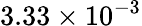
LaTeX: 3.33\times 10^{-3}